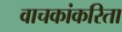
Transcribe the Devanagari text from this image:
वाचकांकरिता